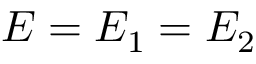
E = E _ { 1 } = E _ { 2 }